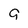
Character: g